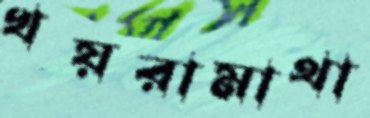
খয়রামাথা